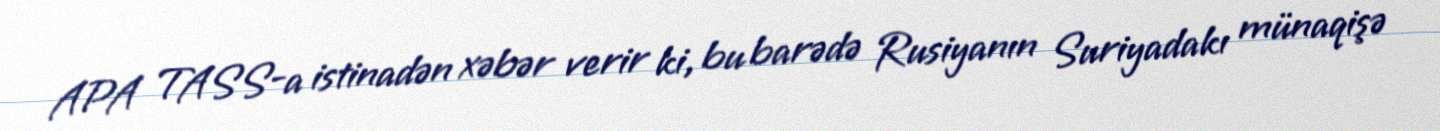
APA TASS-a istinadən xəbər verir ki, bu barədə Rusiyanın Suriyadakı münaqişə